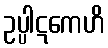
ဥပ္ပါဋကေဟိ